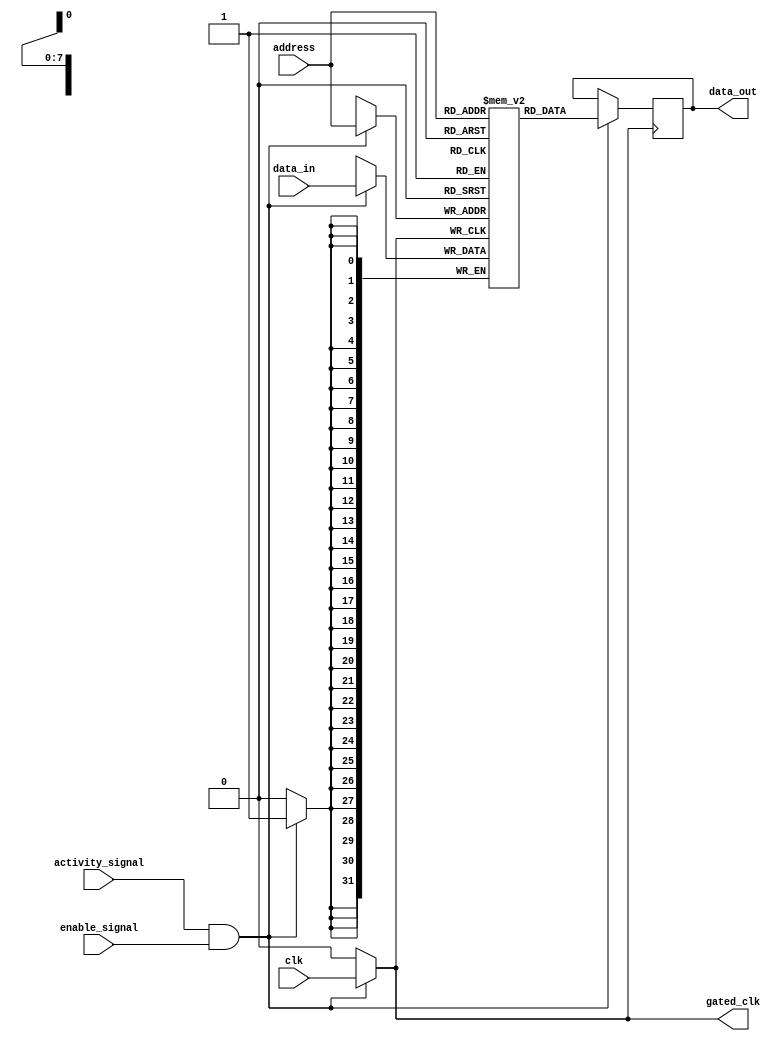
module ClockGatedMemory (
    input wire clk,                // Primary clock signal
    input wire activity_signal,    // Activity signal indicating memory block access
    input wire enable_signal,      // Enable signal for memory block
    input wire [7:0] address,      // Address input for memory access
    input wire [31:0] data_in,     // Data input for write operations
    output reg [31:0] data_out,    // Data output for read operations
    output wire gated_clk          // Gated clock output
);

    reg gated_clk_reg; // Register to hold gated clock value

    // Clock Gating Logic
    always @(*) begin
        if (activity_signal && enable_signal) begin
            gated_clk_reg = clk; // Enable clock if activity & enable signals are high
        end else begin
            gated_clk_reg = 1'b0; // Disable clock otherwise
        end
    end

    assign gated_clk = gated_clk_reg;

    // Memory Block (Example: Simple SRAM)
    reg [31:0] memory_array [255:0]; // Example memory array (256 x 32-bit)

    // Memory Access Logic
    always @(posedge gated_clk) begin
        if (activity_signal && enable_signal) begin
            // Perform read or write operations based on some control logic
            // Here, for demonstration, we assume a control signal is used to differentiate read/write
            // For simplicity, let's assume we are only writing data
            memory_array[address] <= data_in; // Write operation
            data_out <= memory_array[address]; // Read operation
        end
    end

endmodule